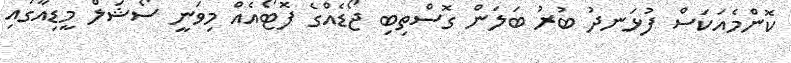
ކޮންމެއަކަސް ފުޅަނދު ބުރު ބަލަން ގޮސްތިބި ޖޯޑެއްގެ ފޮޓޯއެއް މިވަނީ ސޯޝަލް މީޑިއާގައި